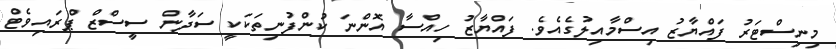
މިނިސްޓަރު ފައްޔާޒު އިސްމާއިލުގެއެވެ. ފައްޔާޒު ހިއްސާ އޮންނަ ކުންފުނިތަކަކީ ސަދާން ސީސްޒް ޕްރައިވެޓް